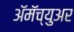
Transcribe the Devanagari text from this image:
ॲमॅच्युअर